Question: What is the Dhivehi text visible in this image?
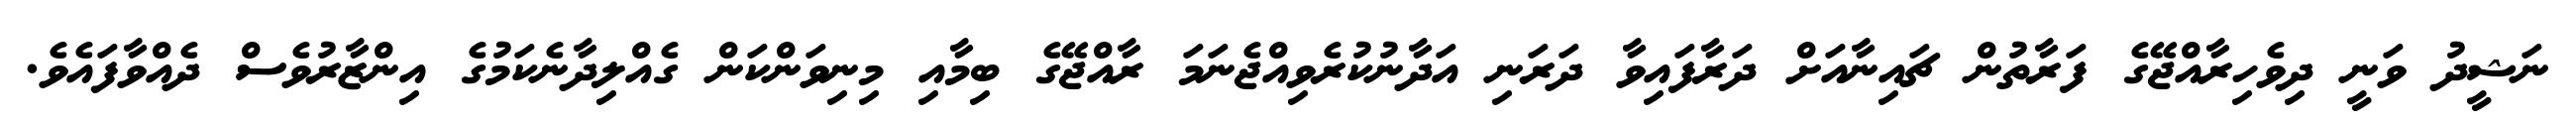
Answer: ނަޝީދު ވަނީ ދިވެހިރާއްޖޭގެ ފަރާތުން ޗައިނާއަށް ދަރާފައިވާ ދަރަނި އަދާނުކުރެވިއްޖެނަމަ ރާއްޖޭގެ ބިމާއި މިނިވަންކަން ގެއްލިދާނެކަމުގެ އިންޒާރުވެސް ދެއްވާފައެވެ.